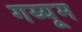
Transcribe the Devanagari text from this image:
गय्यूम